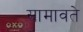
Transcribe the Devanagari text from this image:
सामावते